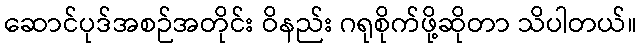
ဆောင်ပုဒ်အစဉ်အတိုင်း ဝိနည်း ဂရုစိုက်ဖို့ဆိုတာ သိပါတယ်။